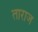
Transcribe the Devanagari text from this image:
ताराज